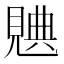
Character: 𧡝